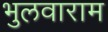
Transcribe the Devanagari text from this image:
भुलवाराम